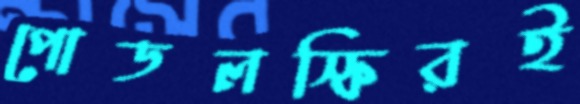
পোডলস্কিরই